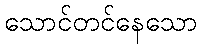
သောင်တင်နေသော